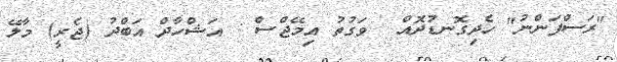
"ރަސްފަންނު" ހެދިގޮނޑުދޮއް  ވަގުތު އިމޭޖްސް : އަޝްހާދް އަބްދު (ޖެރީ) މާލޭ